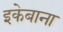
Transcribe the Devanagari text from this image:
इकेबाना